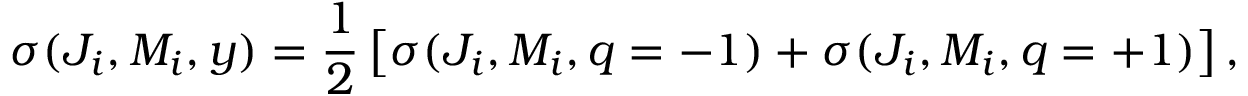
\sigma ( J _ { i } , M _ { i } , y ) = \frac { 1 } { 2 } \left[ \sigma ( J _ { i } , M _ { i } , q = - 1 ) + \sigma ( J _ { i } , M _ { i } , q = + 1 ) \right] ,